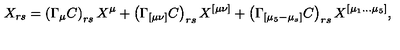
X _ { r s } = \left( \Gamma _ { \mu } C \right) _ { r s } X ^ { \mu } + \left( \Gamma _ { [ \mu \nu ] } C \right) _ { r s } X ^ { [ \mu \nu ] } + \left( \Gamma _ { [ \mu _ { 5 } - \mu _ { s } ] } C \right) _ { r s } X ^ { [ \mu _ { 1 } \ldots \mu _ { 5 } ] } ,